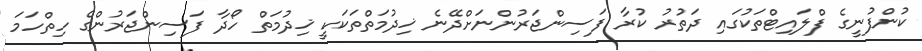
ކުންފުނީގެ ފްލައިޓްތަކުގައި ދަތުރު ކުރާ ފަސިންޖަރުންނަށްދޭނެ ޚިދުމަތްތަކަކީ ޚިދުމަތް ހޯދާ ފަސިންޖަރުންގެ ހިތްހަމަ